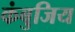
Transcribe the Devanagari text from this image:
कंबुजिय